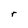
Character: r